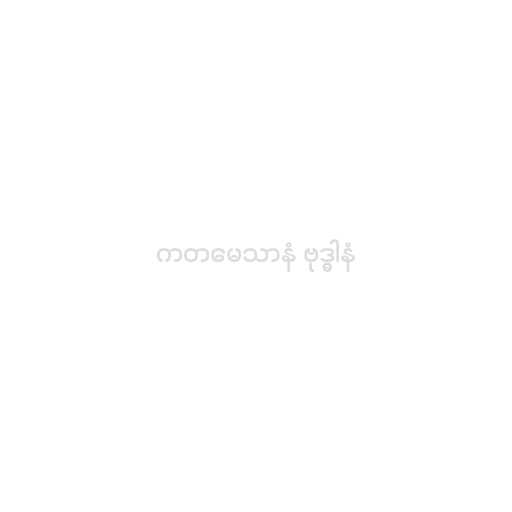
ကတမေသာနံ ဗုဒ္ဓါနံ